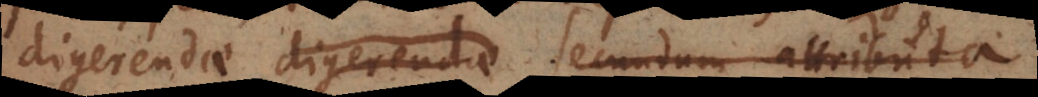
dine digerendae. secundum attributa